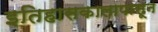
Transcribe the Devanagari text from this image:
इतिहासकालापासून